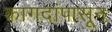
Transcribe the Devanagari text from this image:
कागदांपासून